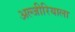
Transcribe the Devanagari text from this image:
अल्जीरियाला